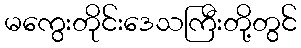
မကွေးတိုင်းဒေသကြီးတို့တွင်